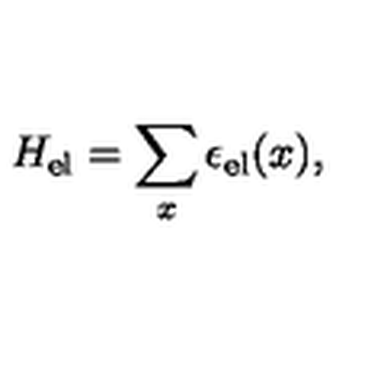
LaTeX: H _ { \mathrm { e l } } = \sum _ { x } \epsilon _ { \mathrm { e l } } ( x ) ,